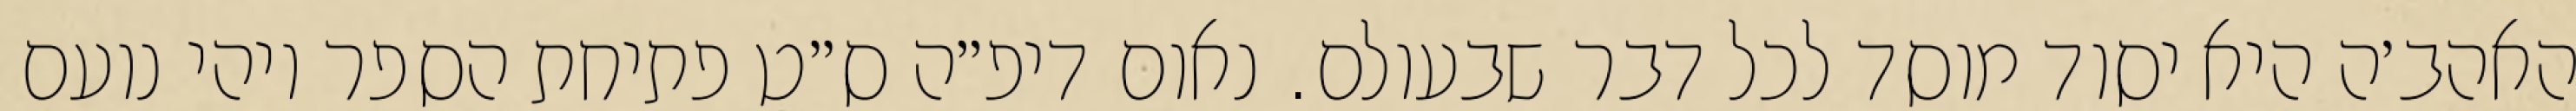
האהב׳ה היא יסוד מוסד לכל דבר שבעולם. נאום דיפ״ה ס״ט פתיחת הספר ויהי נועם